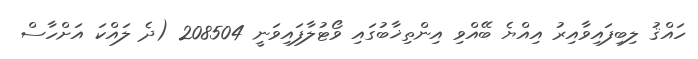
ހައްޤު ލިބިފައިވާއިރު އިއްޔެ ބޭއްވި އިންތިޚާބުގައި ވޯޓުލާފައިވަނީ 208504 (ދެ ލައްކަ އަށްހާސް